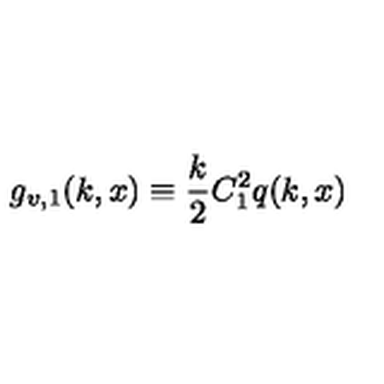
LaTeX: g _ { v , 1 } ( k , x ) \equiv \frac { k } { 2 } C _ { 1 } ^ { 2 } q ( k , x )